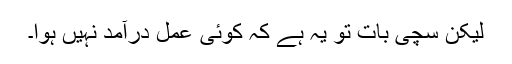
لیکن سچی بات تو یہ ہے کہ کوئی عمل درآمد نہیں ہوا۔